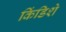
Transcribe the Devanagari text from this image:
किंडिशे